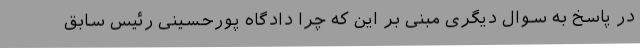
در پاسخ به سوال دیگری مبنی بر این که چرا دادگاه پورحسینی رئیس سابق